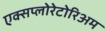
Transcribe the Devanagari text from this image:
एक्सप्लोरेटोरिअम